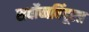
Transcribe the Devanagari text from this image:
सर्वोच्चबिंदूला